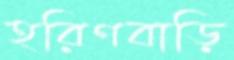
হরিণবাড়ি